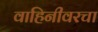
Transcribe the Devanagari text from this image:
वाहिनीवरचा